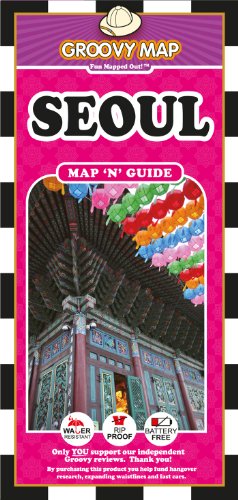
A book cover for Groovy Map 'n' Guide Seoul (2013); Aaron Frankel; Travel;